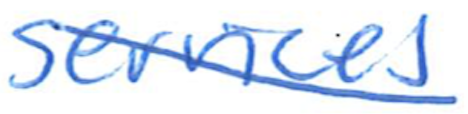
Text: services
Cross-out: diagonal
Writing tool: ballpoint